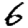
Digit: 6